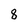
Character: 8